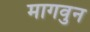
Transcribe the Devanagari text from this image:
मागवुन